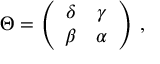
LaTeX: \Theta = \left( \begin{array} { c c } { { \delta } } & { { \gamma } } \\ { { \beta } } & { { \alpha } } \end{array} \right) \, ,